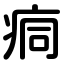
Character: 痌